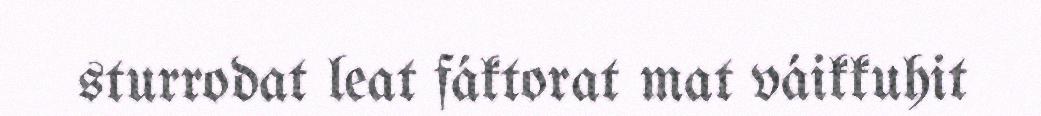
sturrodat leat fáktorat mat váikkuhit